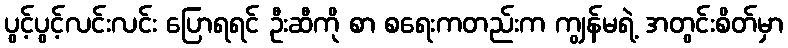
ပွင့်ပွင့်လင်းလင်း ပြောရရင် ဦးဆီကို စာ စရေးကတည်းက ကျွန်မရဲ့ အတွင်းစိတ်မှာ